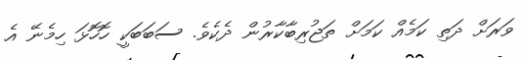
ވަރަށް ދަތި ކަމެއް ކަމަށް ތަޖުރިބާކާރުން ދެކެވެ. ސަބަބަކީ ހޮހޮޅަ ހިމެނޭ އެ